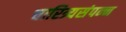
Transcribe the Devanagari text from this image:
चारित्र्यसंपन्न